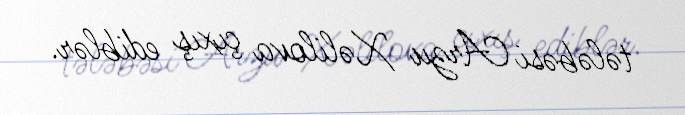
tələbəsi Arzu Xəlilova çıxış ediblər.